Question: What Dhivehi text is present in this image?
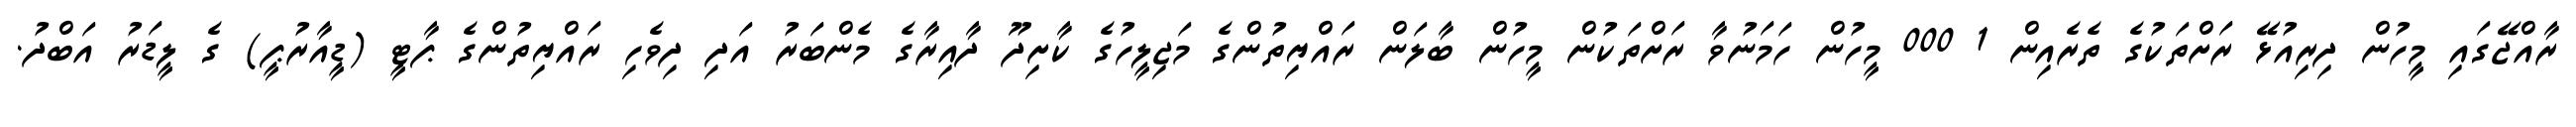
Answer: ރާއްޖޭގައި މީހުން ދިރިއުޅޭ ރަށްތަކުގެ ތެރެއިން 1 000 މީހުން ހަމަނުވާ ރަށްތަކުން މީހުން ބާލަން ރައްޔިތުންގެ މަޖިލީހުގެ ކާށިދޫ ދާއިރާގެ މެންބަރު އަދި ދިވެހި ރައްޔިތުންގެ ޕާޓީ (ޑީއާރުޕީ) ގެ ލީޑަރު އަބްދު.